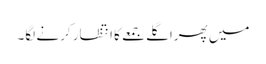
میں پھراگلے جمعے کا انتظار کرنے لگا۔